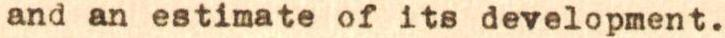
and an estimate of its development.